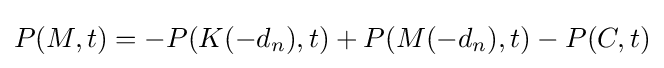
P(M,t)=-P(K(-d_{n}),t)+P(M(-d_{n}),t)-P(C,t)